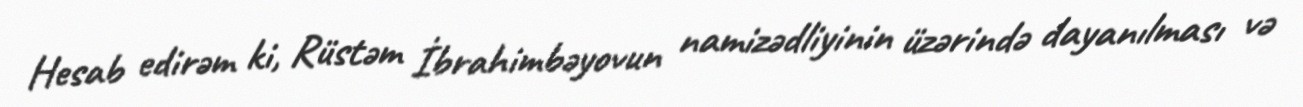
Hesab edirəm ki, Rüstəm İbrahimbəyovun namizədliyinin üzərində dayanılması və